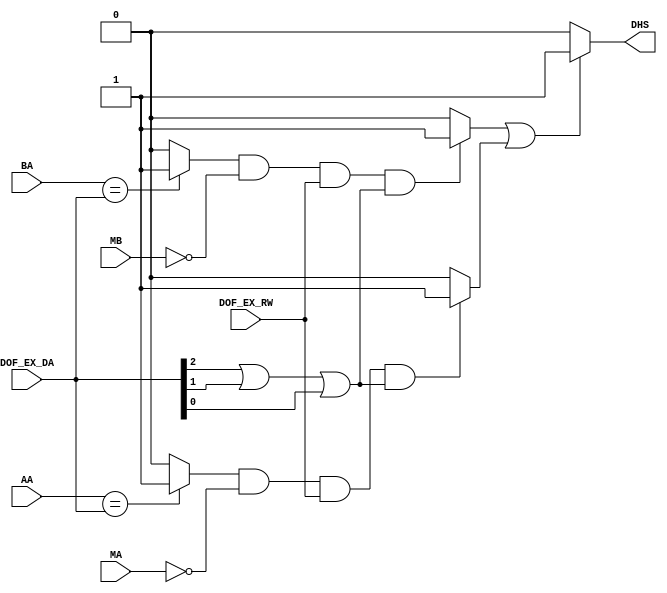
module data_hazard_stall (
   input DOF_EX_RW, // Read-Write for the EX stage
   input [REG_ADDRESS_WIDTH-1:0]  DOF_EX_DA, // Destination Address for the EX stage
   input [REG_ADDRESS_WIDTH-1:0] AA, // Address for Register A from ID Stage
   input [REG_ADDRESS_WIDTH-1:0] BA, // Address for Register B from ID Stage
   input MA, // MA input signal from ID Stage
   input MB, // MB input signal from ID Stage
   output reg DHS // Data Hazard Stall
);


   parameter REG_ADDRESS_WIDTH = 3;

   reg comp_AA_DA; // Result from comparing AA and DA
   reg comp_BA_DA; // Result from comparing BA and DA
   reg HB; // Data hazard for register B
   reg HA; // Data hazard for register A
   reg DA_nz;  // Check if DA is not R0

   always @ (*)
   begin
      // Compare AA and DA and output 1 if equal into comp_AA_DA
      comp_AA_DA = (AA == DOF_EX_DA) ? 1'b1 : 1'b0;
      // Compare BA and DA and output 1 if equal into comp_BA_DA
      comp_BA_DA = (BA == DOF_EX_DA) ? 1'b1 : 1'b0;

      // Check if DA is not R0 by ORing all the bits in DA
      DA_nz = DOF_EX_DA[REG_ADDRESS_WIDTH-1] | DOF_EX_DA[REG_ADDRESS_WIDTH-2] | DOF_EX_DA[REG_ADDRESS_WIDTH-3];

      // Check if there is a data hazard for register B
      HB = (comp_BA_DA & !MB & DOF_EX_RW & DA_nz) ? 1'b1 : 1'b0;

      // Check if there is a data hazard for register A
      HA = (comp_AA_DA & !MA & DOF_EX_RW & DA_nz) ? 1'b1 : 1'b0;

      DHS = (HB | HA) ? 1'b1 : 1'b0; // Final output for data hazard stall
   end


endmodule